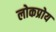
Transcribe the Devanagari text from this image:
लोकप्रोय